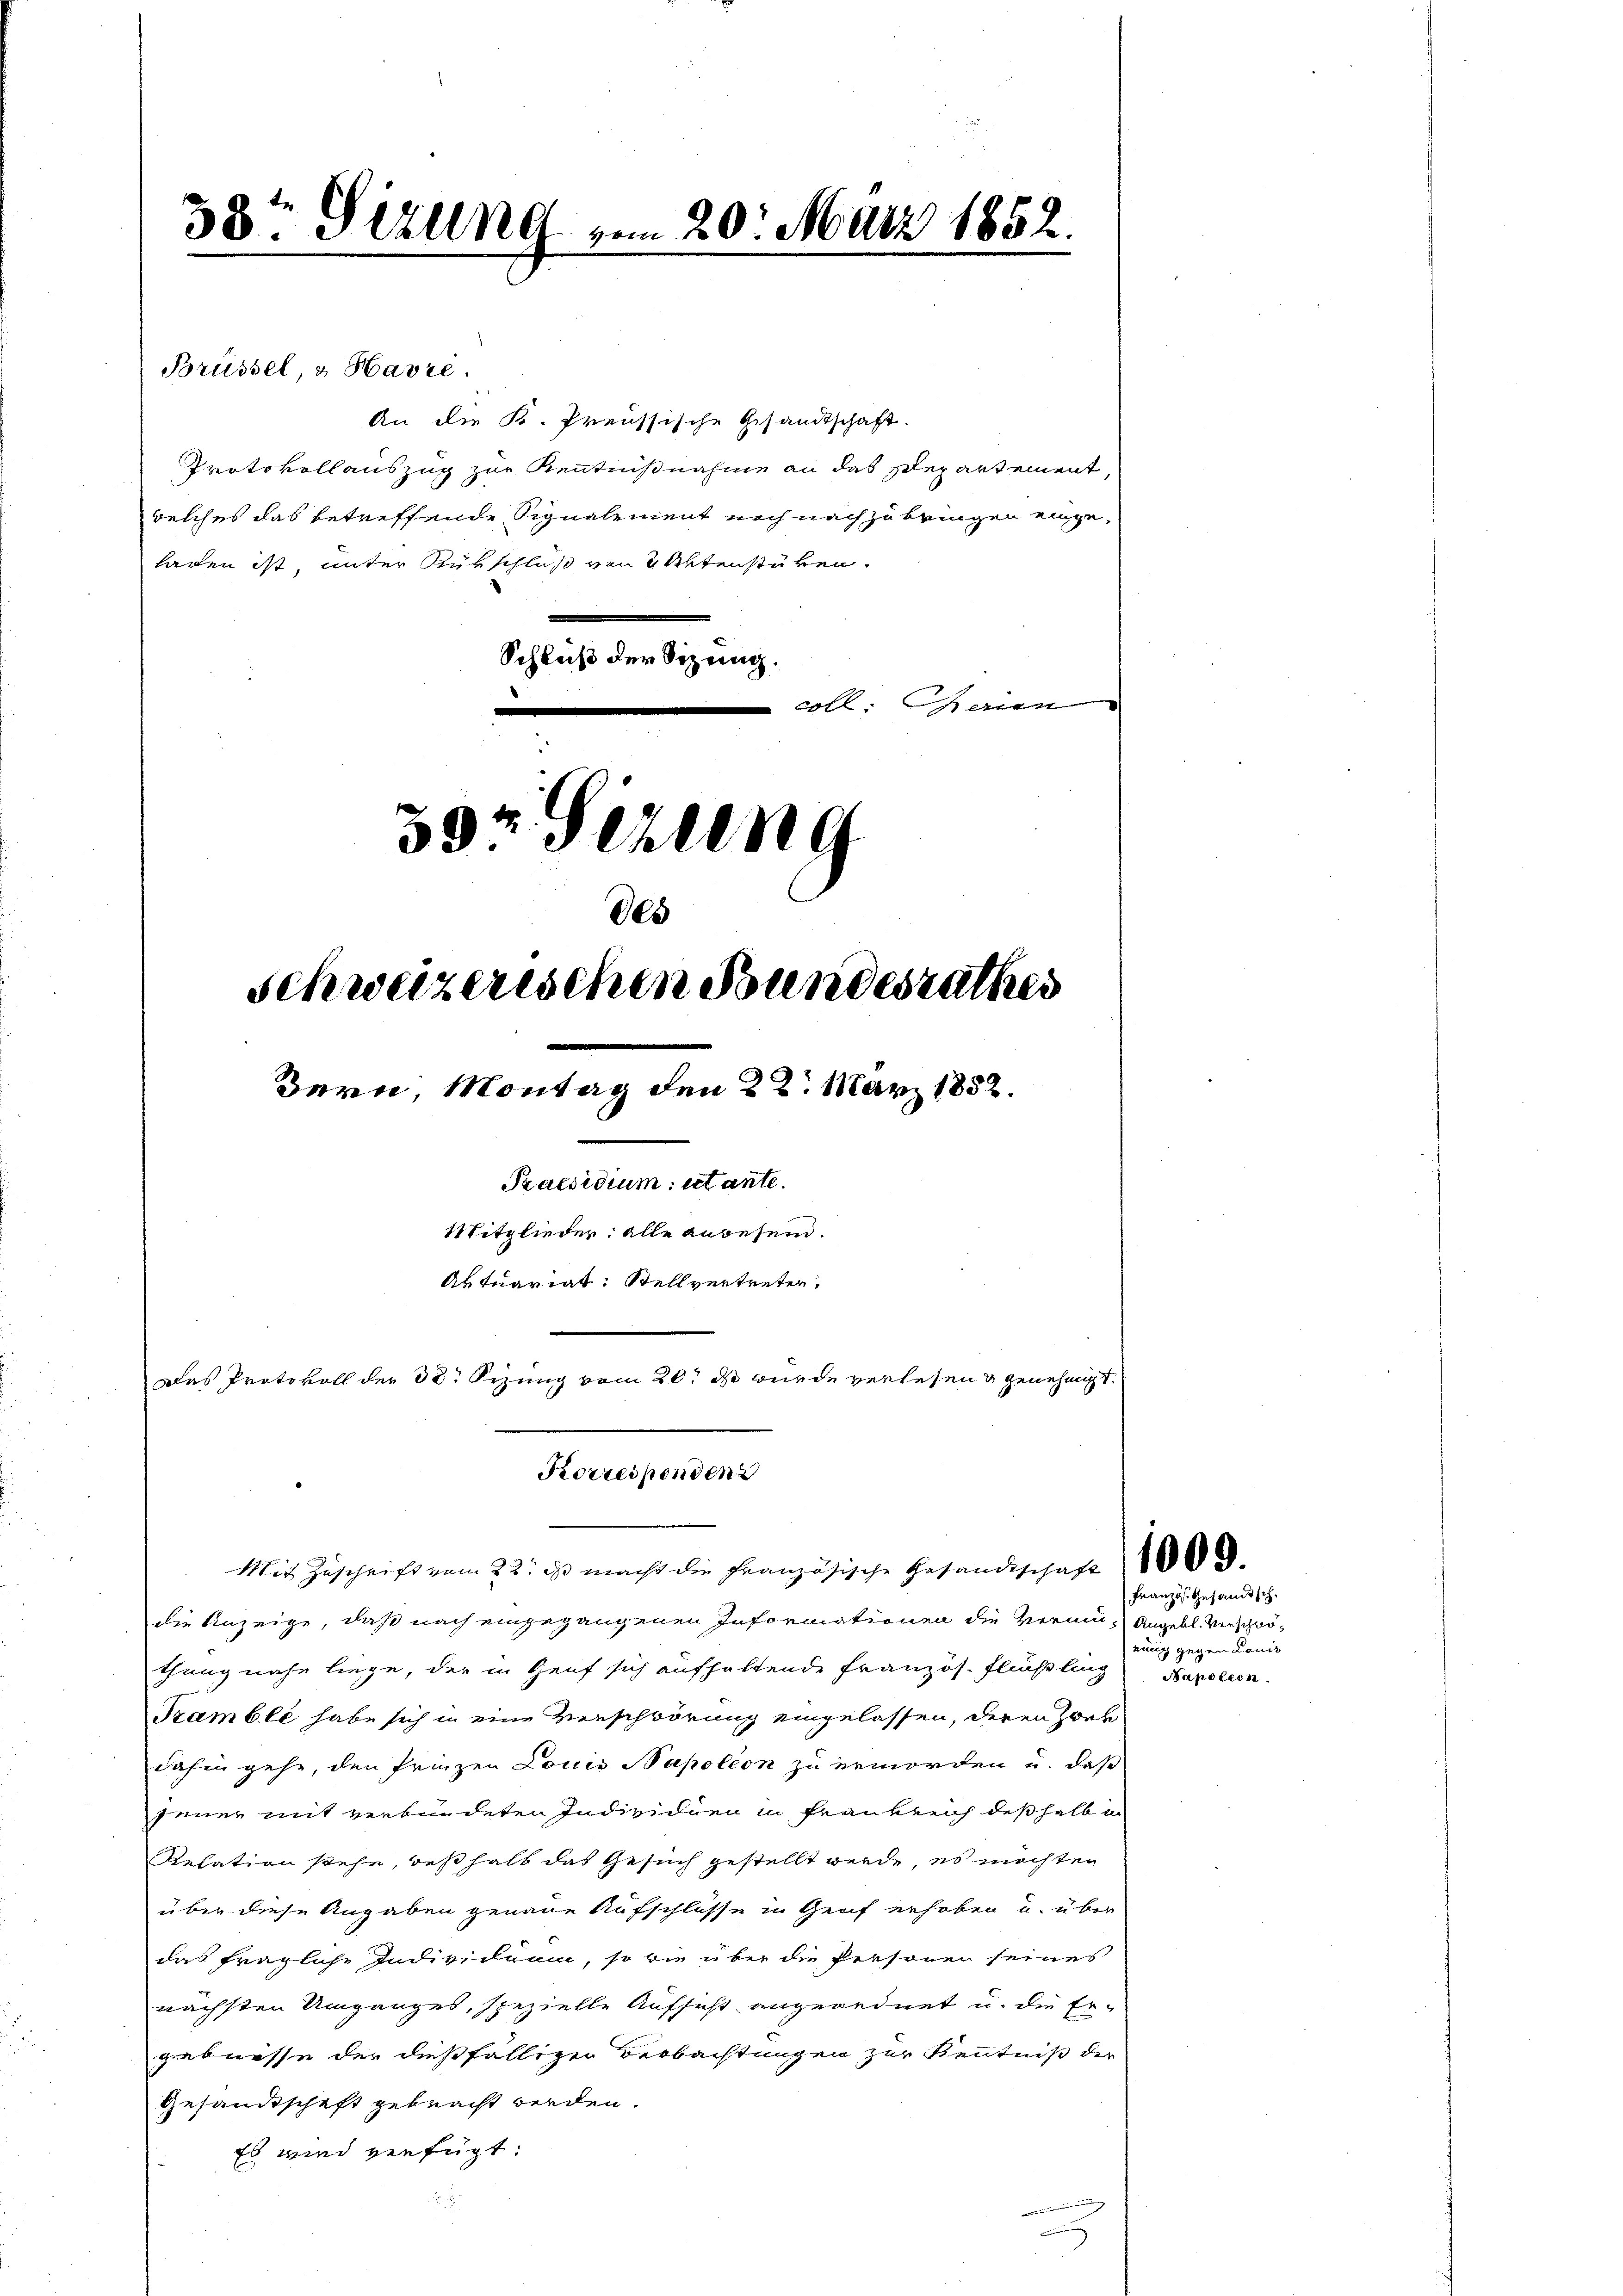
Brüssel, & Havre.
An die K. Preussische Gesandtschaft.
Protokollauszug zur Kenntnißnahme an das Departement,
welches das betreffende Signalement noch nach zu bringen eingeladen ist, unter Rükschluß von 5 Aktenstüken.
Schluß der Sitzung.
coll. Marien
.
4
59 schung

38t Sizung vom 20. März 1852

des
Schweizerischen Bundesrathes
.
Bern, Montag den 22. März 1852.
Praesidium utante.
Mitglieder: alle angesein.
Aktuariat: Stellvertreter.
Das Protokoll der 38. Sizung vom 20. ds wurde verlesen & genehmigt.

Korrespenden

Mit Zŭschrift vom 22. ds macht die Französische Gesandtschaft 1000.
die Anzeige, daß nach eingegangenen Informationen die Vermu- Angebl. Verschwö-
thung nahe liege, der in Genf sich aufhaltende Französ. Flußling Napoleon
Trambli habe sich in eine Verschwörung eingelassen, deren Zwer
dahin gehe, den Prinzen Louis Bapoléon zu erworden u. daß
jener mit verbundeten Individuen in Frankreich deßhalb in
Relation stehe, deßhalb das Gesuch gestellt werde, es möchten
über diese Angaben genaue Aufschlüsse in Genf erhoben u. über
das fragliche Individuum, so wie über die Personen seines
nächsten Umganges, spezielle Aufsicht angeordnet u. die Er-
gebnisse der dießfälliger Beobachtungen zur Kenntniß der
Gesandtschaft gebracht werden.
Es wird verfügt:

Französ. Gesandtsch
eung gegen Lauis